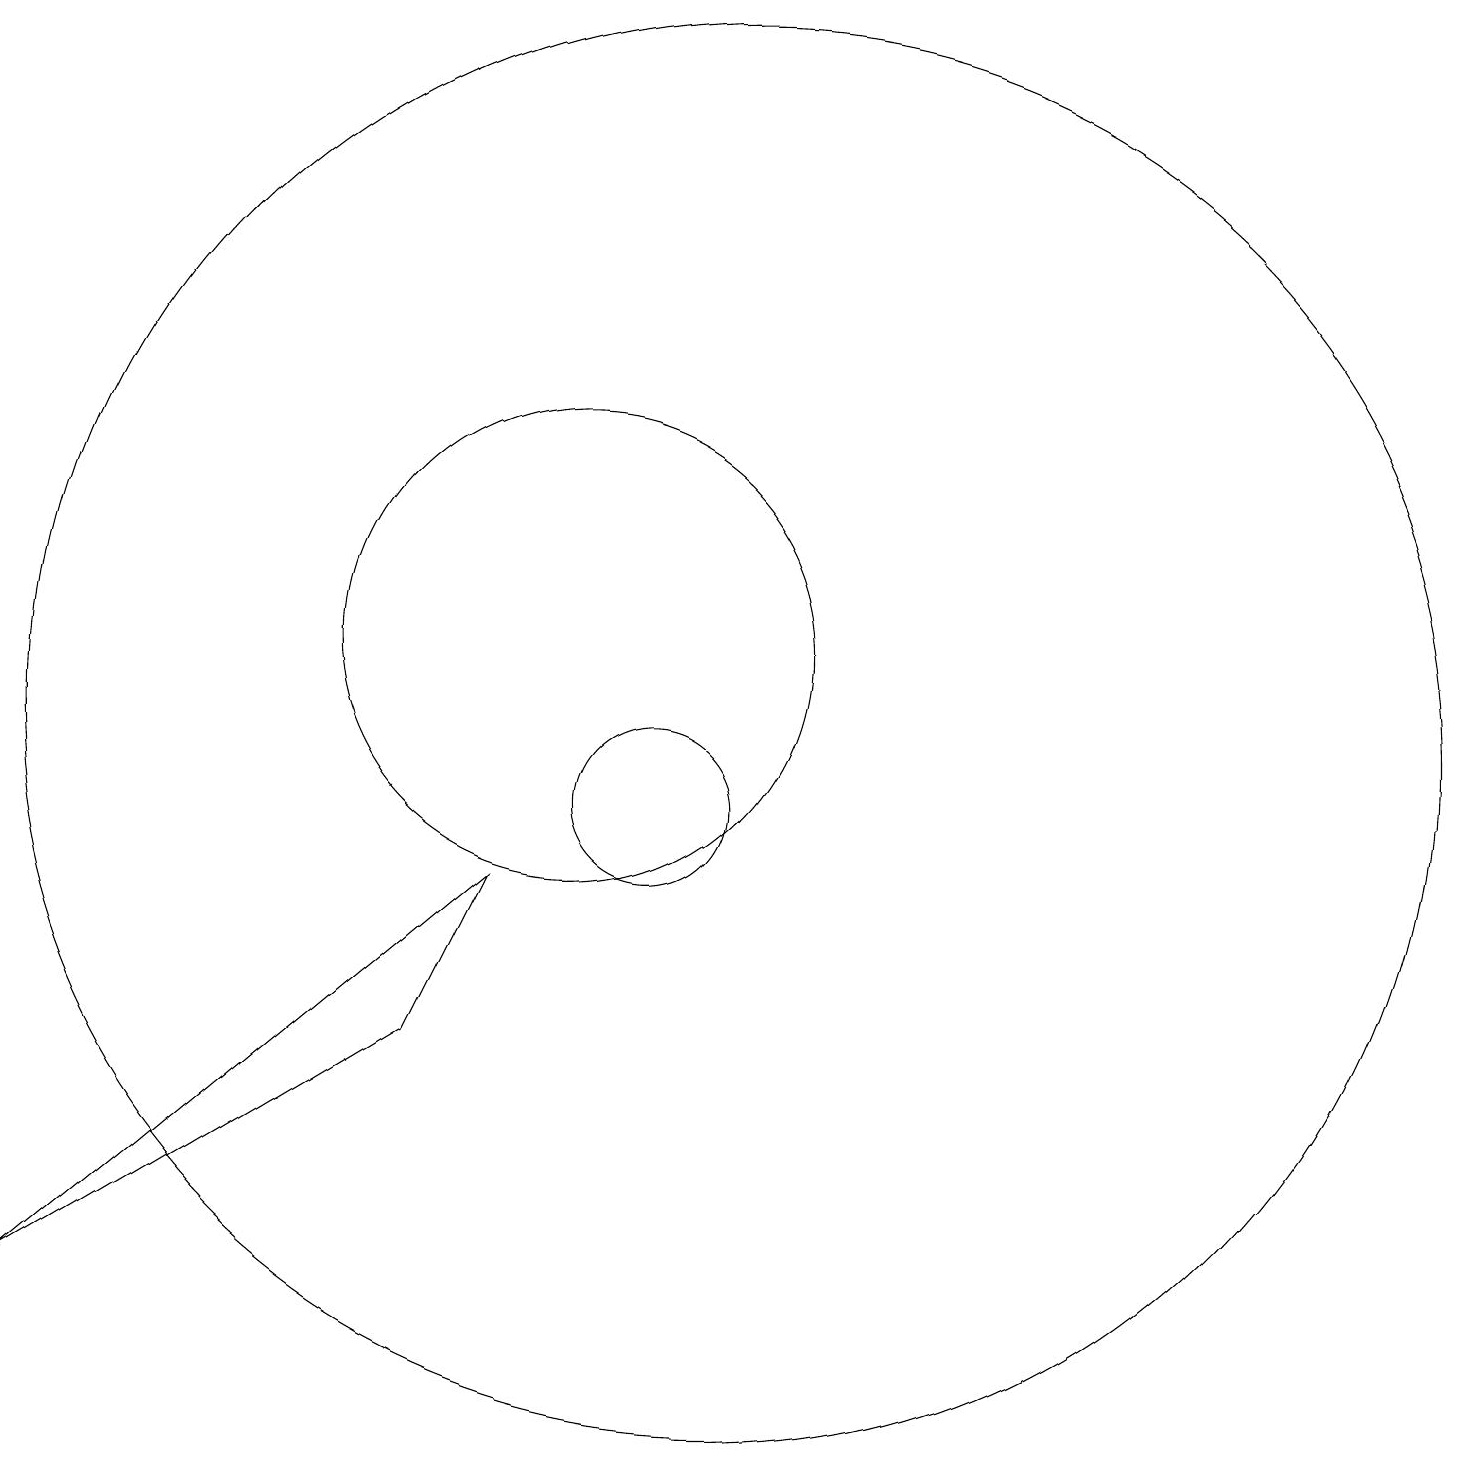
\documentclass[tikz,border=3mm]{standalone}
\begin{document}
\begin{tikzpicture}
\draw (3,4) -- (9,9) -- (8,7) -- cycle;
\draw (11,10) circle (1);
\draw (10,12) circle (3);
\draw (12,11) circle (9);
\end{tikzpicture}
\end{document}